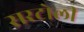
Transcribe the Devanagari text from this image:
सरटोली